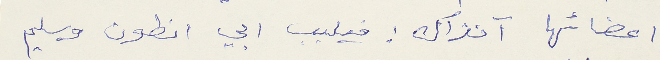
اعضائها آنذاك: فيليب ابي انطون وسليم